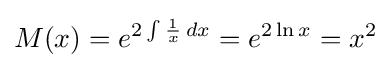
M(x)=e^{2\int {\frac {1}{x}}\,dx}=e^{2\ln x}=x^{2}